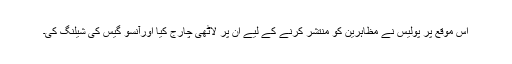
اس موقع پر پولیس نے مظاہرین کو منتشر کرنے کے لیے ان پر لاٹھی چارج کیا اورآنسو گیس کی شیلنگ کی۔